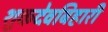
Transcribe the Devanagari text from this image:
शुकदेवबिहारी